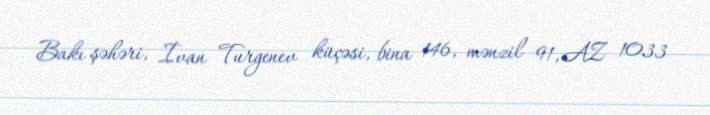
Bakı şəhəri, İvan Turgenev küçəsi, bina 146, mənzil 91, AZ 1033